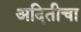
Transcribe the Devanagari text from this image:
अदितीचा